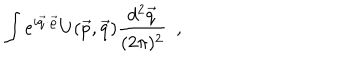
\int e ^ { i \vec { q } \cdot \vec { \varrho } } U ( \vec { p } , \vec { q } ) \frac { d ^ { 2 } \vec { q } } { ( 2 \pi ) ^ { 2 } } ~ ~ ,